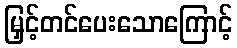
မြှင့်တင်ပေးသောကြောင့်